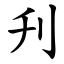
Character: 刋